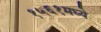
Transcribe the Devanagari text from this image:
१५६१मध्ये